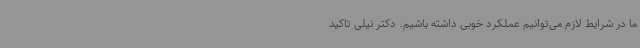
ما در شرایط لازم می‌توانیم عملکرد خوبی داشته باشیم. دکتر نیلی تاکید